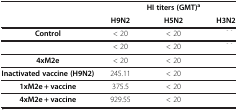
<table><thead><tr><td rowspan="2">[EMPTY_CELL]</td><td>[EMPTY_CELL]</td><td><b>HI titers (GMT)<sup>a</sup></b></td><td>[EMPTY_CELL]</td></tr><tr><td><b>H9N2</b></td><td><b>H5N2</b></td><td><b>H3N2</b></td></tr></thead><tbody><tr><td><b>Control</b></td><td>&lt; 20</td><td>&lt; 20</td><td>[EMPTY_CELL]</td></tr><tr><td>[EMPTY_CELL]</td><td>&lt; 20</td><td>&lt; 20</td><td>[EMPTY_CELL]</td></tr><tr><td><b>4xM2e</b></td><td>&lt; 20</td><td>&lt; 20</td><td>[EMPTY_CELL]</td></tr><tr><td><b>Inactivated vaccine (H9N2)</b></td><td>245.11</td><td>&lt; 20</td><td>[EMPTY_CELL]</td></tr><tr><td><b>1xM2e + vaccine</b></td><td>375.5</td><td>&lt; 20</td><td>[EMPTY_CELL]</td></tr><tr><td><b>4xM2e + vaccine</b></td><td>929.55</td><td>&lt; 20</td><td>[EMPTY_CELL]</td></tr></tbody></table>